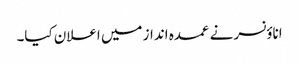
اناؤنسر نے عمدہ انداز میں اعلان کیا۔